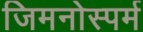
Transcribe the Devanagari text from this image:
जिमनोस्पर्म